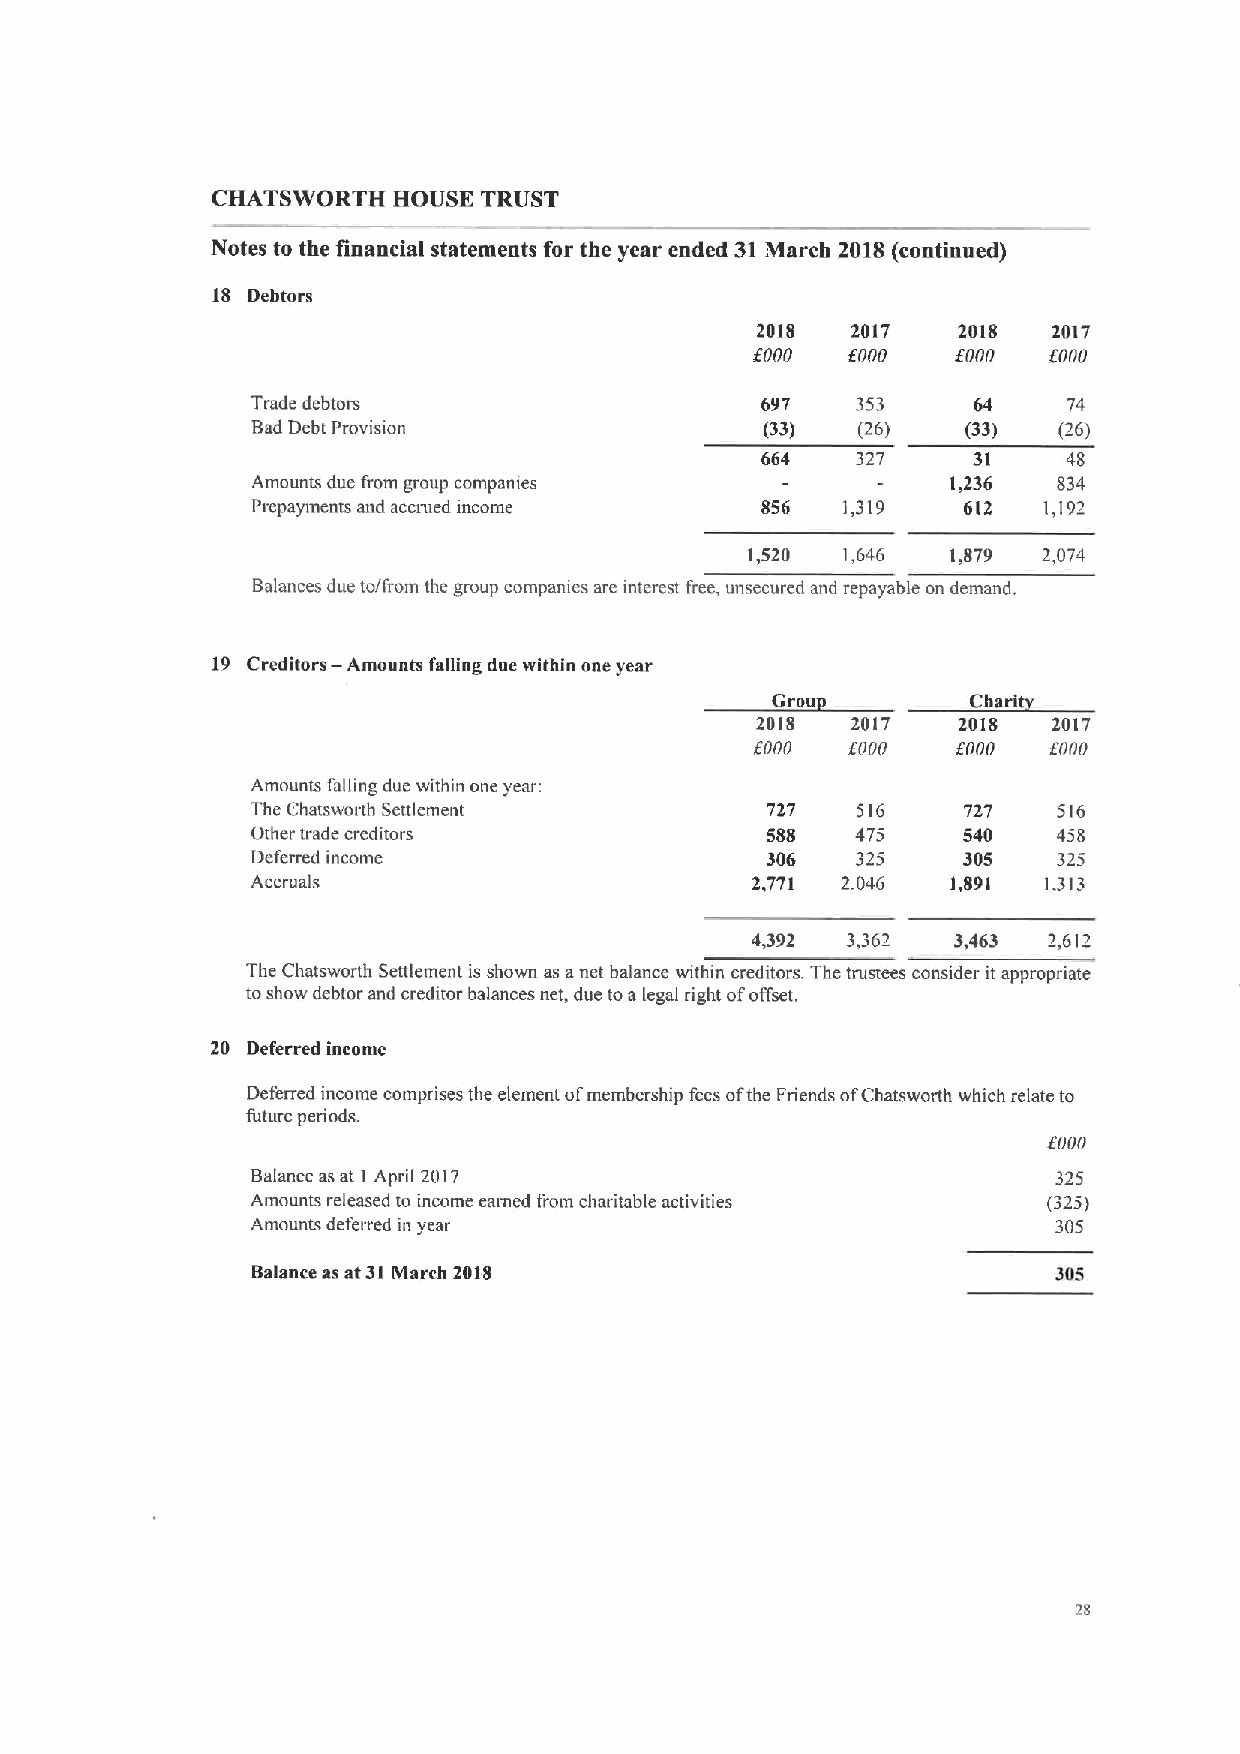
CHATSWORTH  HOUSE TRUST
 Notes to the financial statements for the year ended 31March 2018(continued)
 18 Debtors
 2018  2017   2018   2017
 roon  form   fnon  fooo
 Trade debtors                    697    353    64     74
 Bad Debt Provision                (33)  (26)   (33)  (26)
 664    327    31     4$
 Amounts due from group companies              1,236  $34
 Prepaytnents and accrued income  $56   1,319   612  1,192
 1,520 1,646  1,879 2,074
 Balances due to/from the group companies are interest free, unsecured and repayable on demand.
 19 Creditors — Amounts falling due within one year ~G
 ~Ch
 2018  2017   201$   2017
 roon  roon   fnoo  roon
 Amounts falling due within one year:
 The Chatsworth Settlement         727   516    727   516
 Other trade creditors             588   475    540   458
 Deferred income                   306   325    305   325
 Accruals                         2,771 2,046  1,891 1.313
 4,392 3,362  3,463 2,612
 The Chatswotth Settlement is shown as anet balance within creditors. The trustees consider it appropriate
 toshow debtor and creditor balances net, due toa legal right ofoffset.
 20 Deferred income
 Deferred income comprises the element ofmembership fees ofthe Friends ofChatsworth which relate to
 future periods.
 roon
 Balance asat 1April 2017                             325
 Amounts released to income earned from charitable activities (325)
 Amounts deferred in year                             305
 Balance as at31March 2018                            305